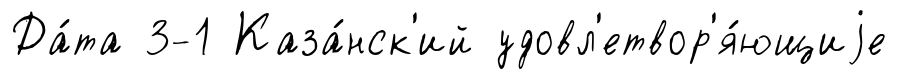
Да́та 3-1 Каза́нск'ий удовл'етвор'я́ющиjе